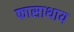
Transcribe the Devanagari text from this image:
फासाथाय